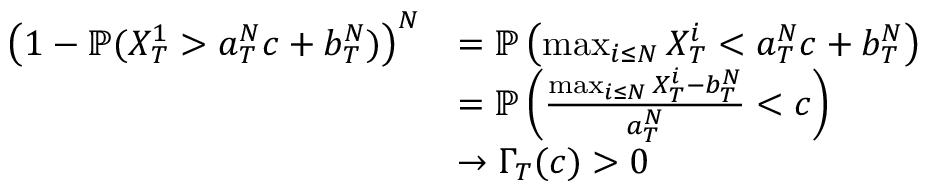
\begin{array} { r l } { \left( 1 - { \mathbb P } ( X _ { T } ^ { 1 } > a _ { T } ^ { N } c + b _ { T } ^ { N } ) \right) ^ { N } } & { = { \mathbb P } \left( \operatorname* { m a x } _ { i \leq N } X _ { T } ^ { i } < a _ { T } ^ { N } c + b _ { T } ^ { N } \right) } \\ & { = { \mathbb P } \left( \frac { \operatorname* { m a x } _ { i \leq N } X _ { T } ^ { i } - b _ { T } ^ { N } } { a _ { T } ^ { N } } < c \right) } \\ & { \to \Gamma _ { T } ( c ) > 0 } \end{array}